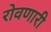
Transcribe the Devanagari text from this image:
रोवणारी